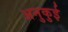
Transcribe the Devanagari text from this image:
अनुकुई